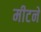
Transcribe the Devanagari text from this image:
मीटने